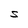
Character: S